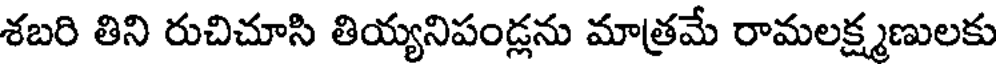
శబరి తిని రుచిచూసి తియ్యనిపండ్లను మాత్రమే రామలక్ష్మణులకు